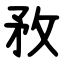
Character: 敄